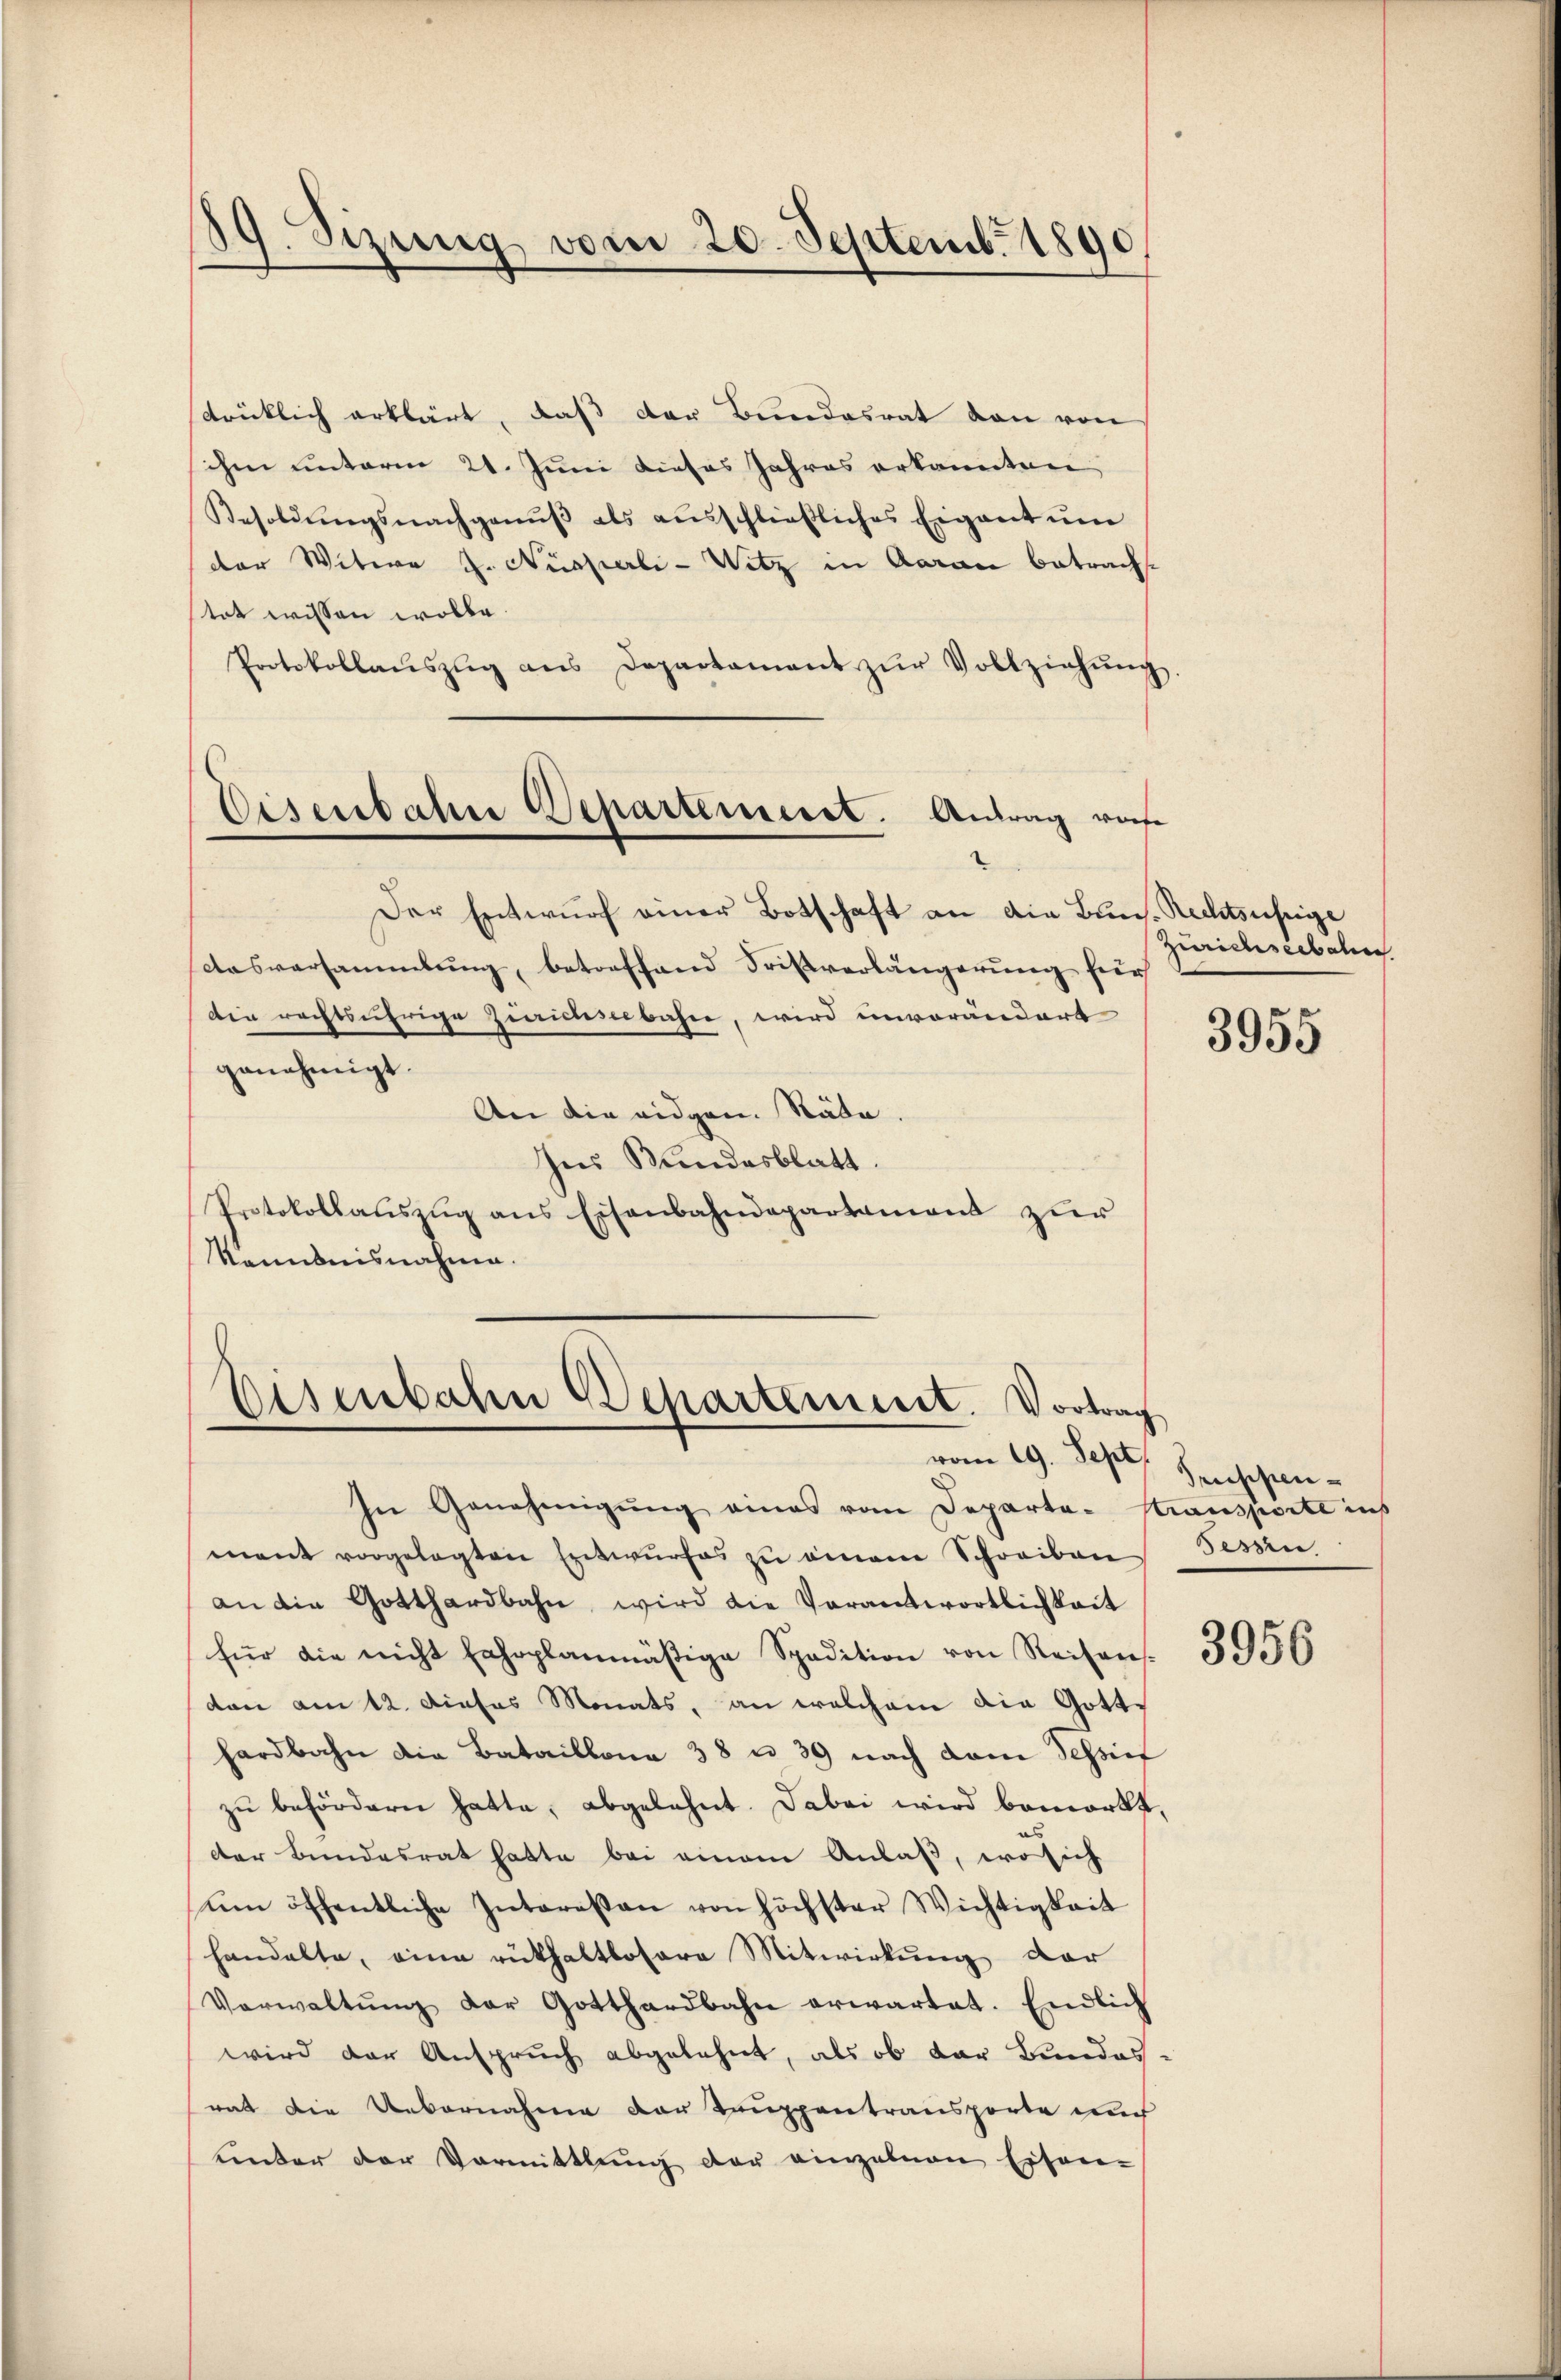
19. Sizung vom 20. Septemb. 1890

trücklich erklärt, daß der Bundesrat von von
schen unterm 21. Juni dieses Jahres erkannten
Besoldŭngsnachganŭβ als aŭsschlieβliches Eigent ŭm
der Witwe J. Nüsserli-Witz in Aarau betracht
tat wissen wolle.
Protokollauszug aus Departament zŭr Vollziehŭng
Der Entwurf einer Botschaft an die Buns. Rechtsuseige
Aasversammlung, betreffend Fristverlängerung für
die rechtsäfrige Zürichseebahne, wird unverändert
genehmigt.
An die eidgen. Räte.
Ins Bundesblatt.
Protokollaŭszŭg ans Eisenbahndepartament zŭr
kanntnisnahme.

Eisenbahre Departensiret. Antrag rase

Eisenbahn Departement. Vortrag
vom 19. Sept

Zurichseebahnen

In Genehmigung eines vom Departa-Kransporte ins
mant vorgelegten Entwurfes zu einem Schreiben
an die Gotthardbahn, wird die Verantwortlichkeit
für die nicht fahrplanmäßige Spadition von Reihens-
don am 12. dieses Monats, an welchem die Gotthardbahn die Bataillona 38 n 39 nach dem Tessier
zu befördern hatte, abgelehnt. Dabei wird bemerkt,
der Bundesrat hatte bei einem Anlaß, wo sich
um öffentliche Interessen von höchster Wichtigkeit
handelte, eine rükhaltlosere Mitwirkung der
Verwaltŭng der Gotthardbahn erwartet. Endlich
wird der Anspruch abgelehnt, als ob der Bundes-
rat die Uebernahme der Tauppentransporte and
unter der Vormittlung der einzelnen Eisen-

3955

Truppen-
Tessin.

3956